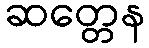
ဆတ္တေန